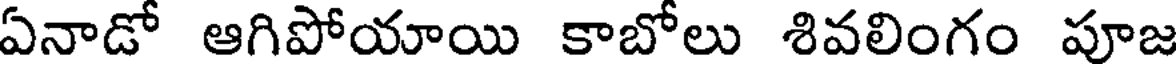
ఏనాడో ఆగిపోయాయి కాబోలు శివలింగం పూజ